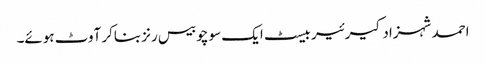
احمد شہزاد کیرئیر بیسٹ ایک سو چوبیس رنز بناکر آوٹ ہوئے۔